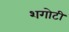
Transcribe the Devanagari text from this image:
शगोटी